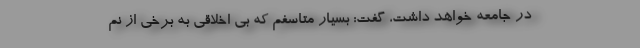
در جامعه خواهد داشت، گفت: بسیار متاسفم که بی اخلاقی به برخی از نم